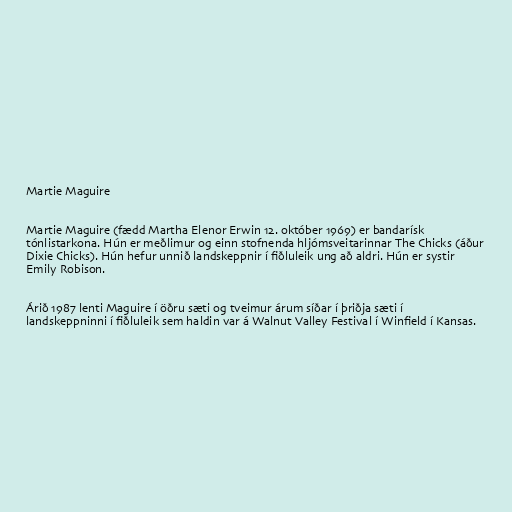
Martie Maguire

Martie Maguire (fædd Martha Elenor Erwin 12. október 1969) er bandarísk
tónlistarkona. Hún er meðlimur og einn stofnenda hljómsveitarinnar The Chicks (áður
Dixie Chicks). Hún hefur unnið landskeppnir í fiðluleik ung að aldri. Hún er systir
Emily Robison.

Árið 1987 lenti Maguire í öðru sæti og tveimur árum síðar í þriðja sæti í
landskeppninni í fiðluleik sem haldin var á Walnut Valley Festival í Winfield í Kansas.